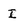
Character: I